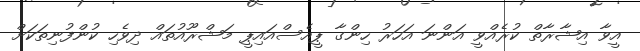
އީވާ އިޝާރާތް ކުރެއްވީ އަންނަ އަހަރު ހިންގާ ޕީއެސްއައިޕީ މަޝްރޫއުތައް ދިވެހި ކުންފުނިތަކަށް